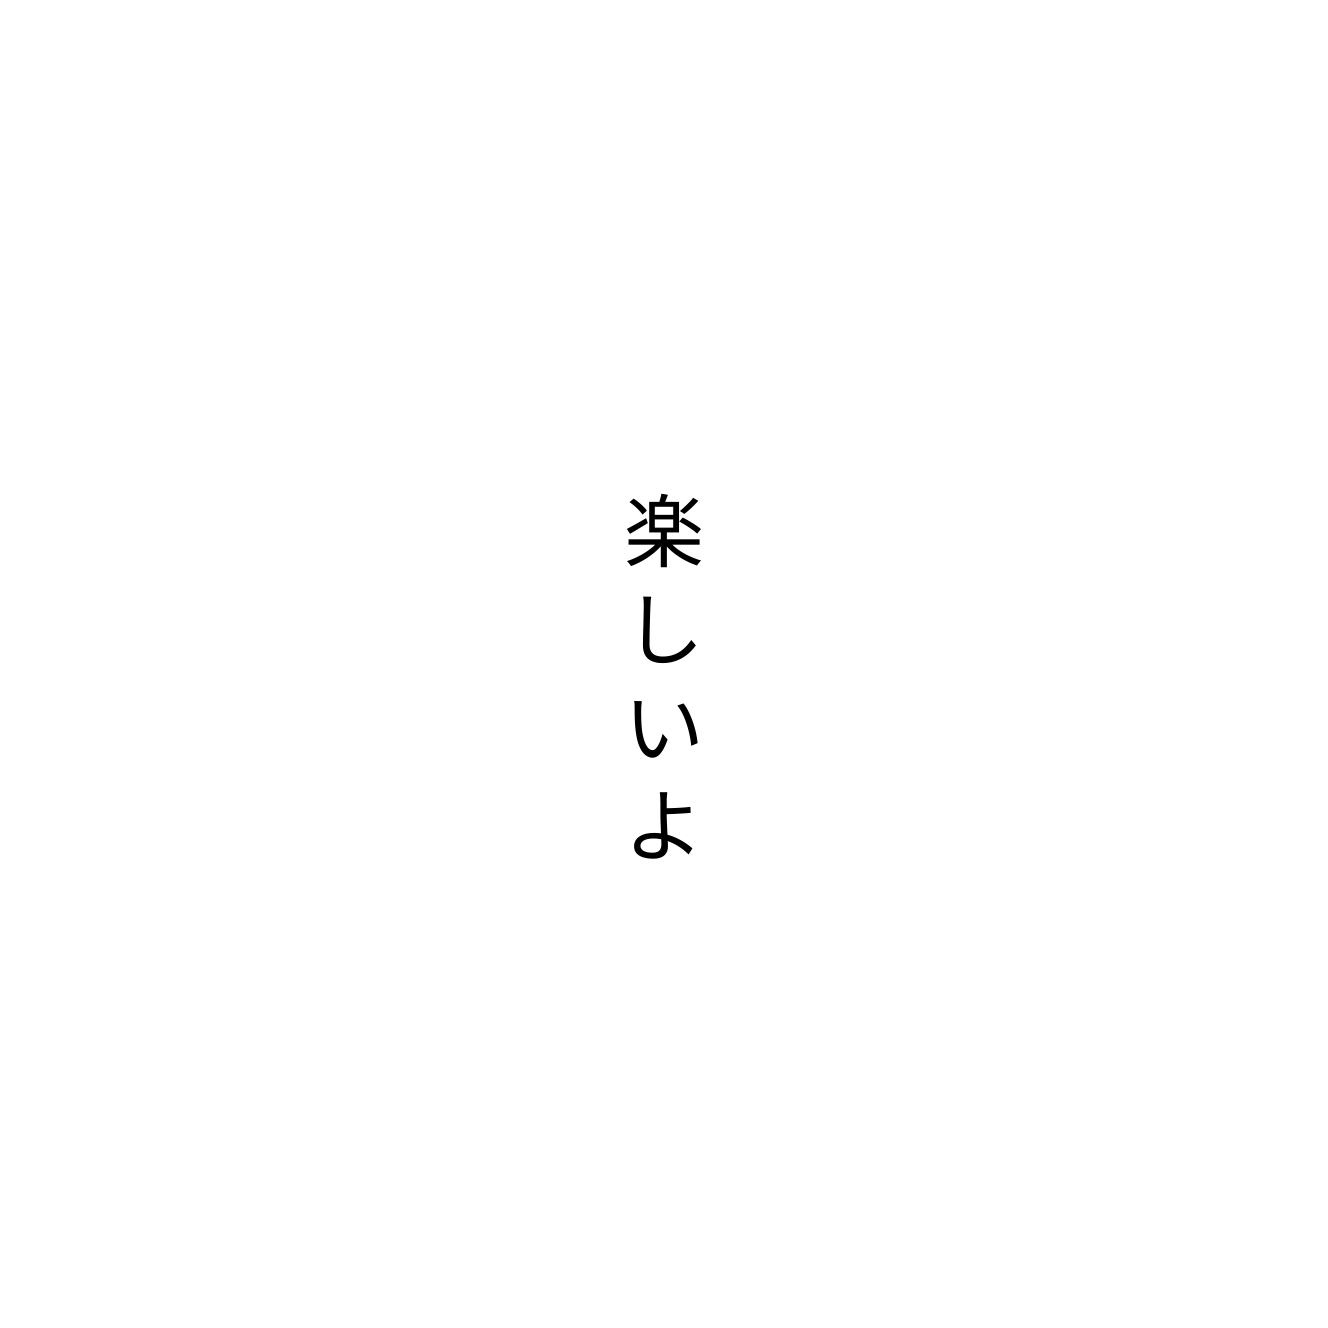
楽しいよ